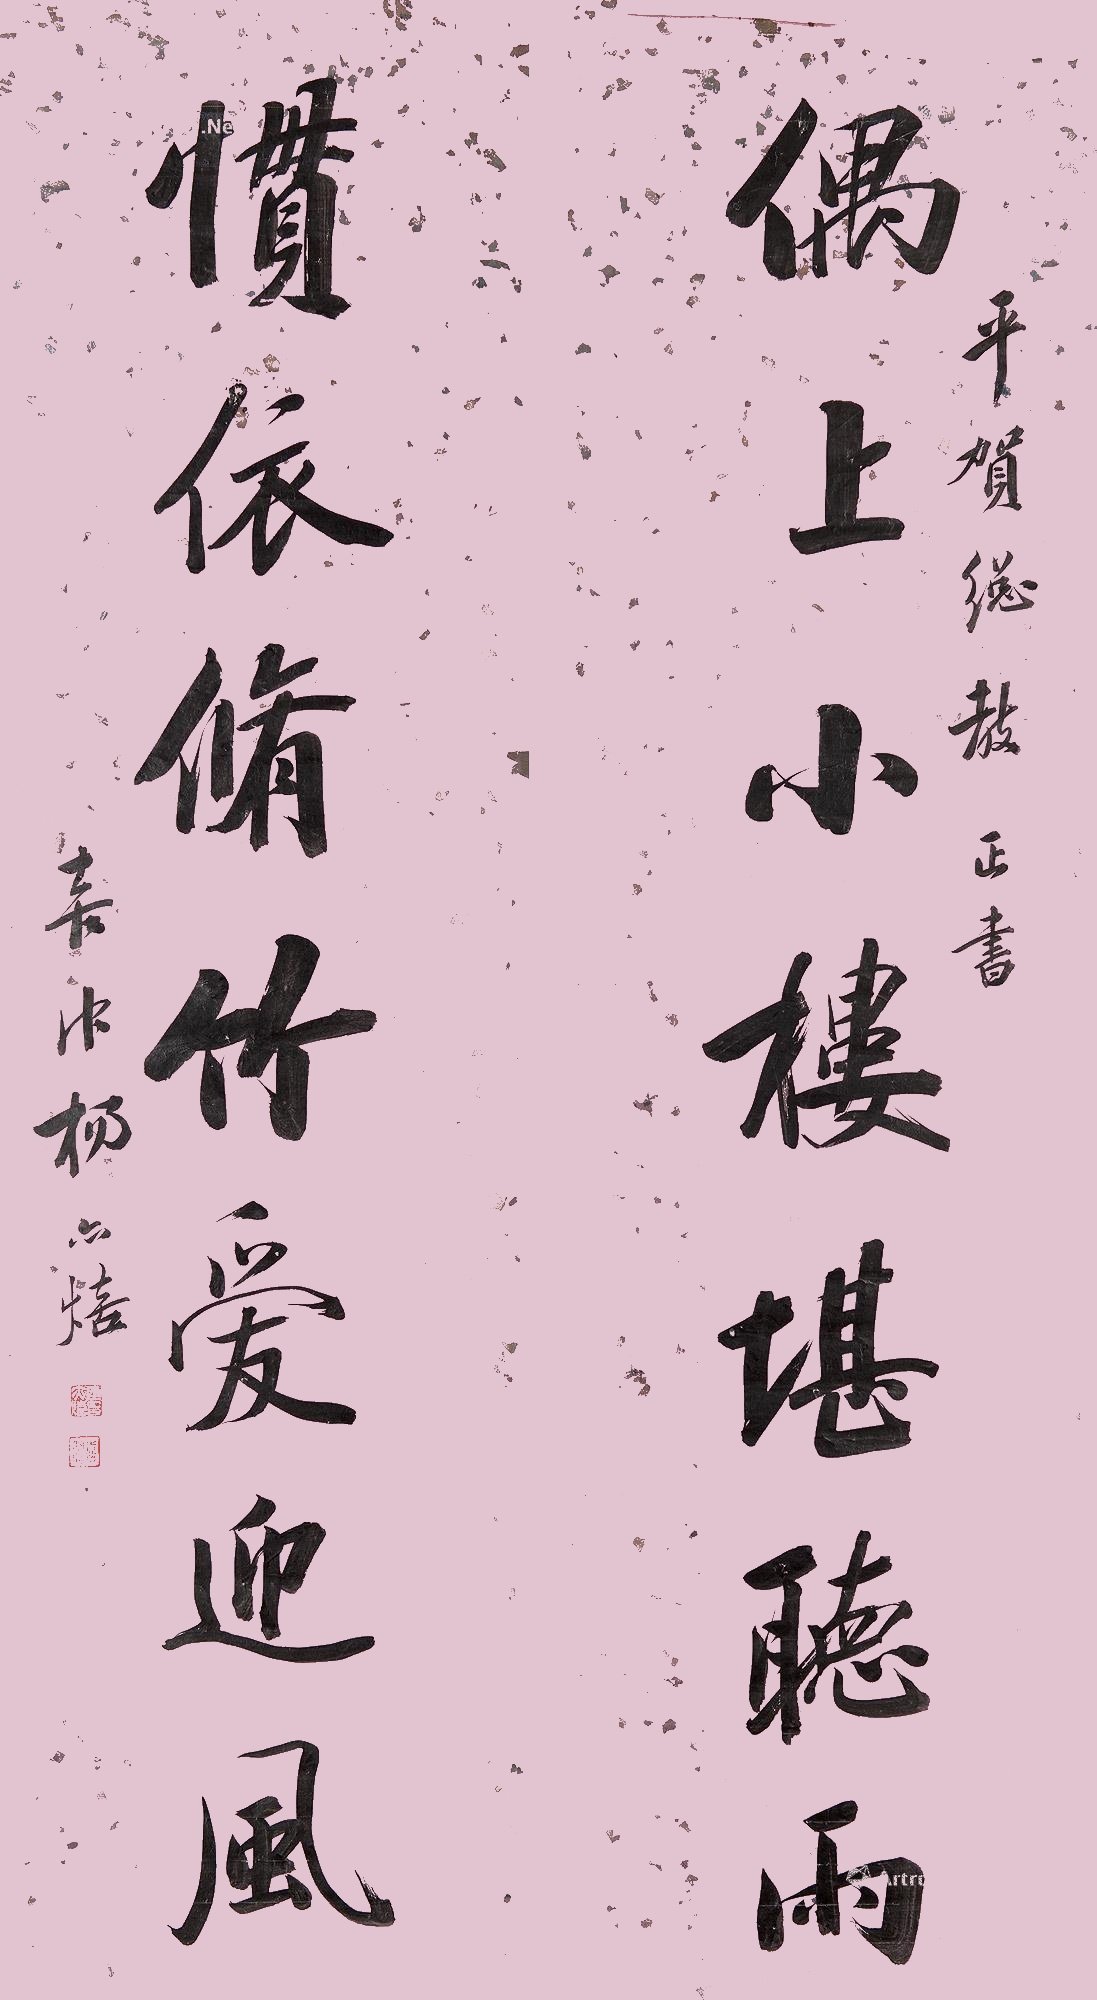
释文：偶上小楼堪听雨，惯依修竹爱迎风。平贺总教正书。喜仲杨亦熺。